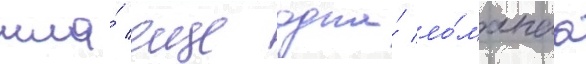
шла́ еще одна́ ло́манаа